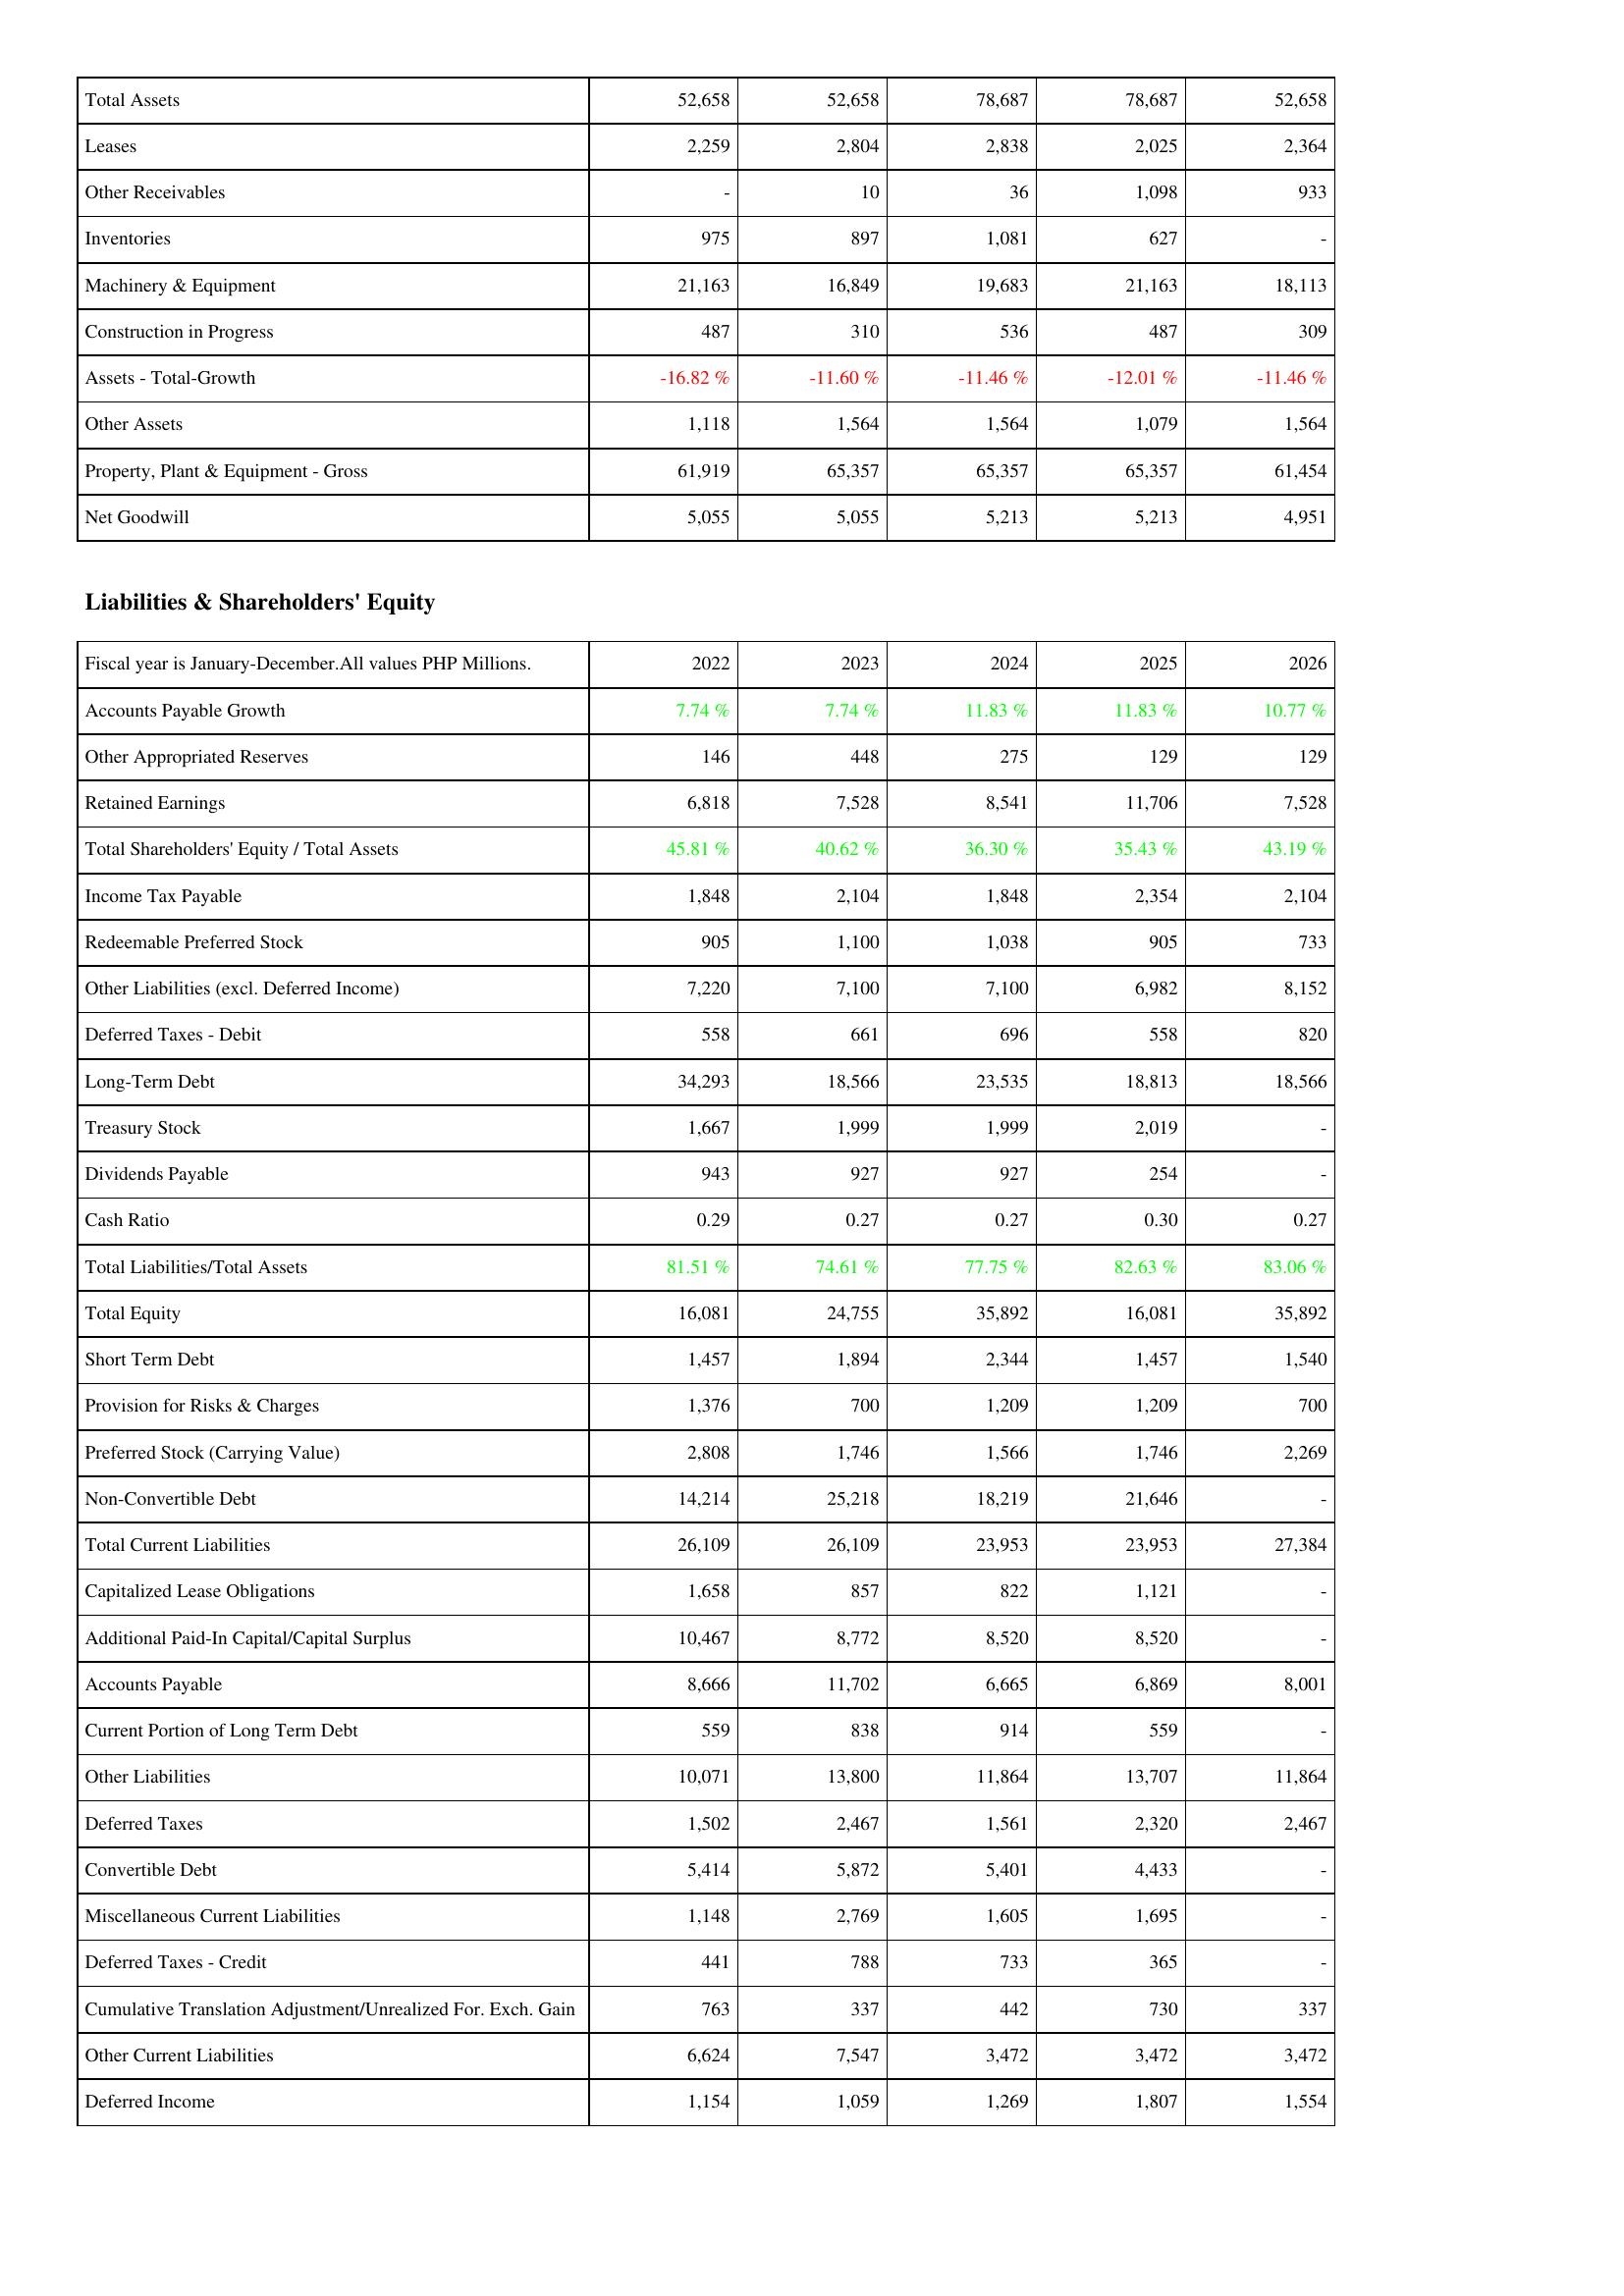
2022: Assets: Total Assets: 52,658
Leases: 2,259
Other Receivables: -
Inventories: 975
Machinery & Equipment: 21,163
Construction in Progress: 487
Assets - Total-Growth: -16.82 %
Other Assets: 1,118
Property, Plant & Equipment - Gross: 61,919
Net Goodwill: 5,055
Liabilities & Shareholders' Equity: Accounts Payable Growth: 7.74 %
Other Appropriated Reserves: 146
Retained Earnings: 6,818
Total Shareholders' Equity / Total Assets: 45.81 %
Income Tax Payable: 1,848
Redeemable Preferred Stock: 905
Other Liabilities (excl. Deferred Income): 7,220
Deferred Taxes - Debit: 558
Long-Term Debt: 34,293
Treasury Stock: 1,667
Dividends Payable: 943
Cash Ratio: 0.29
Total Liabilities/Total Assets: 81.51 %
Total Equity: 16,081
Short Term Debt: 1,457
Provision for Risks & Charges: 1,376
Preferred Stock (Carrying Value): 2,808
Non-Convertible Debt: 14,214
Total Current Liabilities: 26,109
Capitalized Lease Obligations: 1,658
Additional Paid-In Capital/Capital Surplus: 10,467
Accounts Payable: 8,666
Current Portion of Long Term Debt: 559
Other Liabilities: 10,071
Deferred Taxes: 1,502
Convertible Debt: 5,414
Miscellaneous Current Liabilities: 1,148
Deferred Taxes - Credit: 441
Cumulative Translation Adjustment/Unrealized For. Exch. Gain: 763
Other Current Liabilities: 6,624
Deferred Income: 1,154
2023: Assets: Total Assets: 52,658
Leases: 2,804
Other Receivables: 10
Inventories: 897
Machinery & Equipment: 16,849
Construction in Progress: 310
Assets - Total-Growth: -11.60 %
Other Assets: 1,564
Property, Plant & Equipment - Gross: 65,357
Net Goodwill: 5,055
Liabilities & Shareholders' Equity: Accounts Payable Growth: 7.74 %
Other Appropriated Reserves: 448
Retained Earnings: 7,528
Total Shareholders' Equity / Total Assets: 40.62 %
Income Tax Payable: 2,104
Redeemable Preferred Stock: 1,100
Other Liabilities (excl. Deferred Income): 7,100
Deferred Taxes - Debit: 661
Long-Term Debt: 18,566
Treasury Stock: 1,999
Dividends Payable: 927
Cash Ratio: 0.27
Total Liabilities/Total Assets: 74.61 %
Total Equity: 24,755
Short Term Debt: 1,894
Provision for Risks & Charges: 700
Preferred Stock (Carrying Value): 1,746
Non-Convertible Debt: 25,218
Total Current Liabilities: 26,109
Capitalized Lease Obligations: 857
Additional Paid-In Capital/Capital Surplus: 8,772
Accounts Payable: 11,702
Current Portion of Long Term Debt: 838
Other Liabilities: 13,800
Deferred Taxes: 2,467
Convertible Debt: 5,872
Miscellaneous Current Liabilities: 2,769
Deferred Taxes - Credit: 788
Cumulative Translation Adjustment/Unrealized For. Exch. Gain: 337
Other Current Liabilities: 7,547
Deferred Income: 1,059
2024: Assets: Total Assets: 78,687
Leases: 2,838
Other Receivables: 36
Inventories: 1,081
Machinery & Equipment: 19,683
Construction in Progress: 536
Assets - Total-Growth: -11.46 %
Other Assets: 1,564
Property, Plant & Equipment - Gross: 65,357
Net Goodwill: 5,213
Liabilities & Shareholders' Equity: Accounts Payable Growth: 11.83 %
Other Appropriated Reserves: 275
Retained Earnings: 8,541
Total Shareholders' Equity / Total Assets: 36.30 %
Income Tax Payable: 1,848
Redeemable Preferred Stock: 1,038
Other Liabilities (excl. Deferred Income): 7,100
Deferred Taxes - Debit: 696
Long-Term Debt: 23,535
Treasury Stock: 1,999
Dividends Payable: 927
Cash Ratio: 0.27
Total Liabilities/Total Assets: 77.75 %
Total Equity: 35,892
Short Term Debt: 2,344
Provision for Risks & Charges: 1,209
Preferred Stock (Carrying Value): 1,566
Non-Convertible Debt: 18,219
Total Current Liabilities: 23,953
Capitalized Lease Obligations: 822
Additional Paid-In Capital/Capital Surplus: 8,520
Accounts Payable: 6,665
Current Portion of Long Term Debt: 914
Other Liabilities: 11,864
Deferred Taxes: 1,561
Convertible Debt: 5,401
Miscellaneous Current Liabilities: 1,605
Deferred Taxes - Credit: 733
Cumulative Translation Adjustment/Unrealized For. Exch. Gain: 442
Other Current Liabilities: 3,472
Deferred Income: 1,269
2025: Assets: Total Assets: 78,687
Leases: 2,025
Other Receivables: 1,098
Inventories: 627
Machinery & Equipment: 21,163
Construction in Progress: 487
Assets - Total-Growth: -12.01 %
Other Assets: 1,079
Property, Plant & Equipment - Gross: 65,357
Net Goodwill: 5,213
Liabilities & Shareholders' Equity: Accounts Payable Growth: 11.83 %
Other Appropriated Reserves: 129
Retained Earnings: 11,706
Total Shareholders' Equity / Total Assets: 35.43 %
Income Tax Payable: 2,354
Redeemable Preferred Stock: 905
Other Liabilities (excl. Deferred Income): 6,982
Deferred Taxes - Debit: 558
Long-Term Debt: 18,813
Treasury Stock: 2,019
Dividends Payable: 254
Cash Ratio: 0.30
Total Liabilities/Total Assets: 82.63 %
Total Equity: 16,081
Short Term Debt: 1,457
Provision for Risks & Charges: 1,209
Preferred Stock (Carrying Value): 1,746
Non-Convertible Debt: 21,646
Total Current Liabilities: 23,953
Capitalized Lease Obligations: 1,121
Additional Paid-In Capital/Capital Surplus: 8,520
Accounts Payable: 6,869
Current Portion of Long Term Debt: 559
Other Liabilities: 13,707
Deferred Taxes: 2,320
Convertible Debt: 4,433
Miscellaneous Current Liabilities: 1,695
Deferred Taxes - Credit: 365
Cumulative Translation Adjustment/Unrealized For. Exch. Gain: 730
Other Current Liabilities: 3,472
Deferred Income: 1,807
2026: Assets: Total Assets: 52,658
Leases: 2,364
Other Receivables: 933
Inventories: -
Machinery & Equipment: 18,113
Construction in Progress: 309
Assets - Total-Growth: -11.46 %
Other Assets: 1,564
Property, Plant & Equipment - Gross: 61,454
Net Goodwill: 4,951
Liabilities & Shareholders' Equity: Accounts Payable Growth: 10.77 %
Other Appropriated Reserves: 129
Retained Earnings: 7,528
Total Shareholders' Equity / Total Assets: 43.19 %
Income Tax Payable: 2,104
Redeemable Preferred Stock: 733
Other Liabilities (excl. Deferred Income): 8,152
Deferred Taxes - Debit: 820
Long-Term Debt: 18,566
Treasury Stock: -
Dividends Payable: -
Cash Ratio: 0.27
Total Liabilities/Total Assets: 83.06 %
Total Equity: 35,892
Short Term Debt: 1,540
Provision for Risks & Charges: 700
Preferred Stock (Carrying Value): 2,269
Non-Convertible Debt: -
Total Current Liabilities: 27,384
Capitalized Lease Obligations: -
Additional Paid-In Capital/Capital Surplus: -
Accounts Payable: 8,001
Current Portion of Long Term Debt: -
Other Liabilities: 11,864
Deferred Taxes: 2,467
Convertible Debt: -
Miscellaneous Current Liabilities: -
Deferred Taxes - Credit: -
Cumulative Translation Adjustment/Unrealized For. Exch. Gain: 337
Other Current Liabilities: 3,472
Deferred Income: 1,554